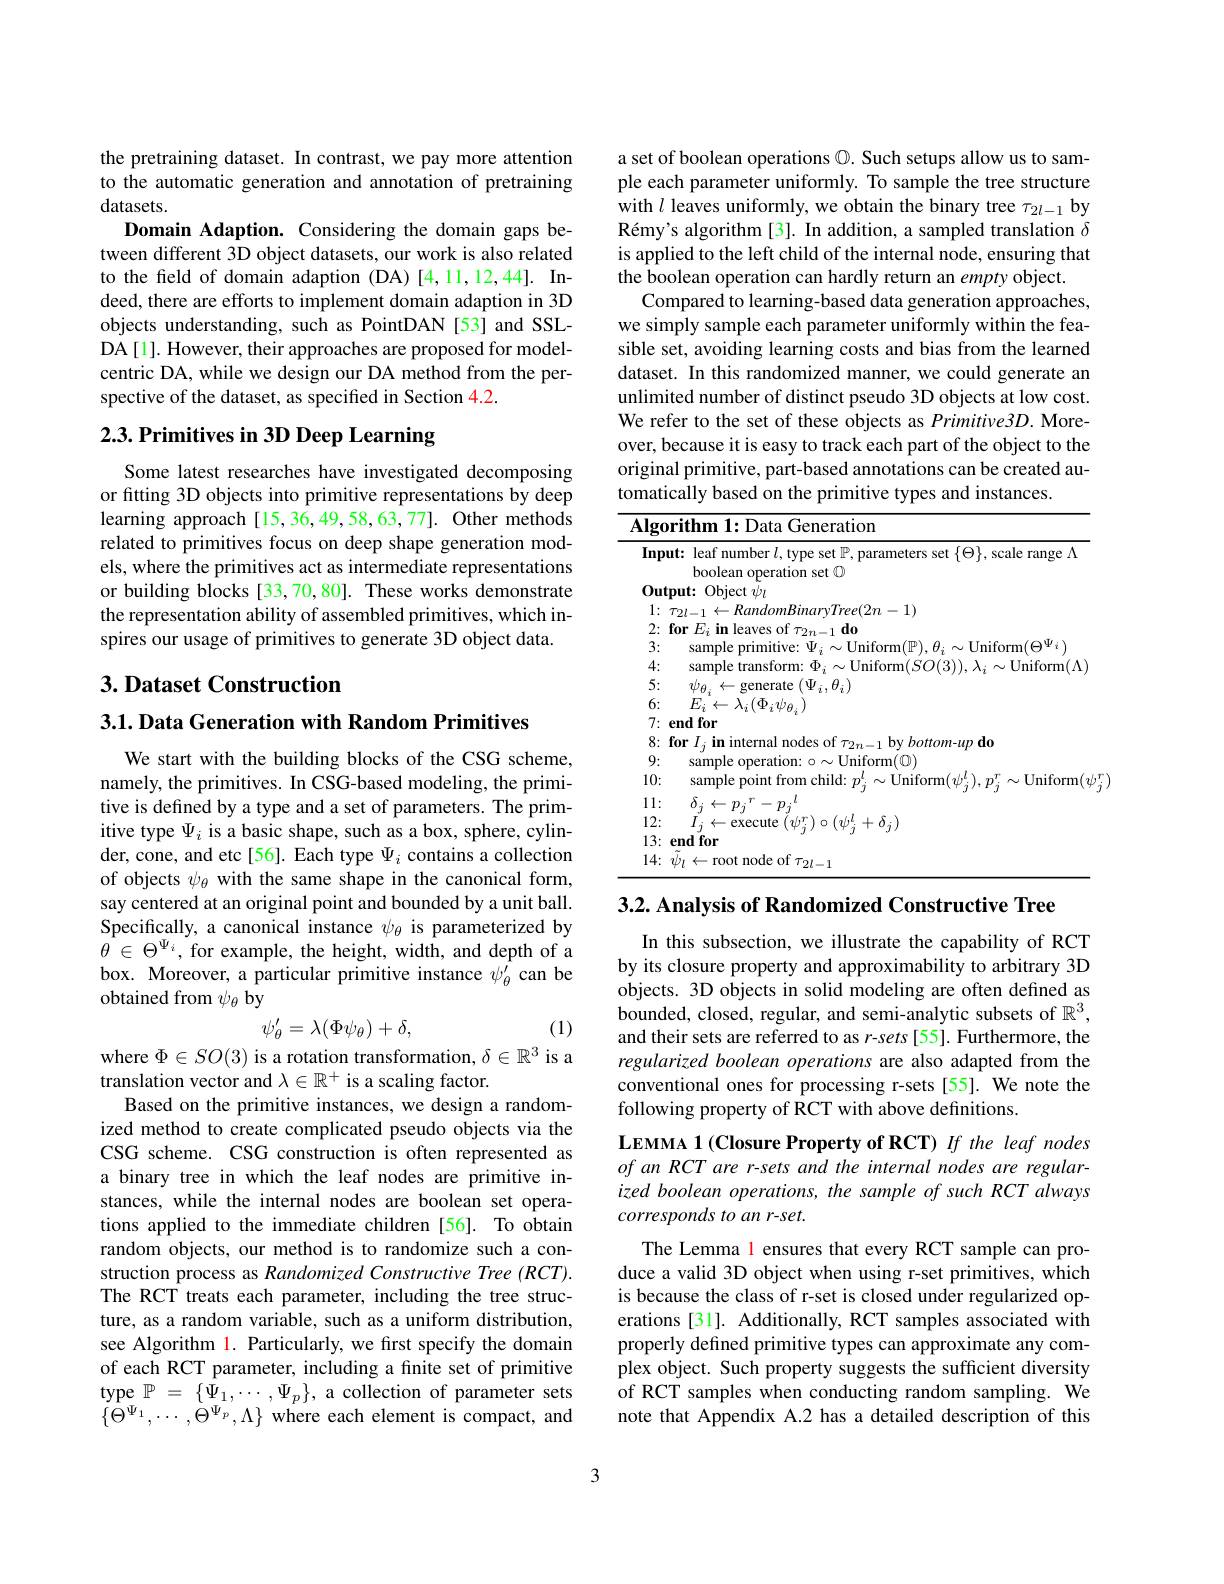
the pretraining dataset. In contrast, we pay more attention to the automatic generation and annotation of pretraining datasets.
Domain Adaption. Considering the domain gaps between different 3D object datasets, our work is also related to the field of domain adaption (DA) [4,11,12,44]. Indeed, there are efforts to implement domain adaption in 3D objects understanding, such as PointDAN [53] and SSLDA[1]. However, their approaches are proposed for modelcentric DA, while we design our DA method from the perspective of the dataset, as specified in Section 4.2.

# 2.3. Primitives in 3D Deep Learning

Some latest researches have investigated decomposing or fitting 3D objects into primitive representations by deep learning approach [15,36,49,58,63,77]. Other methods related to primitives focus on deep shape generation models, where the primitives act as intermediate representations or building blocks [33,70,80]. These works demonstrate the representation ability of assembled primitives, which inspires our usage of primitives to generate 3D object data.

## $3. \textbf{Dataset Construction}$

$3. 1. \textbf{Data Generation with Random Primitives}$

We start with the building blocks of the CSG scheme, namely, the primitives. In CSG-based modeling, the primitive is defined by a type and a set of parameters. The primitive type $\Psi_i$ is a basic shape, such as a box, sphere, cylinder, cone, and etc[56]. Each type $\Psi_i$ contains a collection of objects $\psi_\theta$ with the same shape in the canonical form, say centered at an original point and bounded by a unit ball. Specifically, a canonical instance $\psi_\mathrm{\theta}$ is parameterized by $\theta\in\Theta^{\Psi_{i}}$,for example, the height, width, and depth of a box. Moreover, a particular primitive instance $\psi_\theta^{\prime}$ can be obtained from $\psi_\theta$ by
$$\psi_\theta^{\prime}=\lambda(\Phi\psi_\theta)+\delta,$$
(1)

where $\Phi\in SO(3)$ is a rotation transformation, $\delta\in\mathbb{R}^3$ is a
translation vector and $\lambda\in\mathbb{R}^+$ is a scaling factor.
Based on the primitive instances, we design a randomized method to create complicated pseudo objects via the CSG scheme. CSG construction is often represented as a binary tree in which the leaf nodes are primitive instances, while the internal nodes are boolean set operations applied to the immediate children[56]. To obtain random objects, our method is to randomize such a construction process as Randomized Constructive Tree (RCT). The RCT treats each parameter, including the tree structure, as a random variable, such as a uniform distribution, see Algorithm l. Particularly, we first specify the domain of each RCT parameter, including a finite set of primitive type $\mathbb{P}$ = $\{ \hat{\Psi } _{1}, \cdots , \Psi _{p}\} $, a collection of parameter sets $\{\Theta^{\Psi_{1}},\cdots,\Theta^{\Psi_{p}},\Lambda\}$ where each element is compact, and

a set of boolean operations $\mathbb{Q}.$ Such setups allow us to sample each parameter uniformly. To sample the tree structure with $l$ leaves uniformly, we obtain the binary tree $\tau_{2l-1}$ by Rémy's algorithm [3]. In addition, a sampled translation $\delta$ is applied to the left child of the internal node, ensuring that the boolean operation can hardly return an empty object.
Compared to learning-based data generation approaches, we simply sample each parameter uniformly within the feasible set, avoiding learning costs and bias from the learned dataset. In this randomized manner, we could generate an unlimited number of distinct pseudo 3D objects at low cost. We refer to the set of these objects as Primitive3D. Moreover, because it is easy to track each part of the object to the original primitive, part-based annotations can be created automatically based on the primitive types and instances.

<table>
	<tbody>
		<tr>
			<td>Inpu</td>
			<td>$\textbf{out: leaf number }l$,type set $\mathbb{P}$, parameters set $\{\Theta\}$, scale range $\Lambda$ boolean operation set $\textcircled{1}$</td>
		</tr>
		<tr>
			<td>1</td>
			<td>=1)</td>
		</tr>
		<tr>
			<td>2:</td>
			<td>for $F$</td>
		</tr>
		<tr>
			<td>3:</td>
			<td>camnle Lintorm( $\|\nu$ $\omega||$niform($\Theta\Psi_i$</td>
		</tr>
		<tr>
			<td>4:</td>
			<td>Uniform$( \Lambda$</td>
		</tr>
		<tr>
			<td>5:</td>
			<td>generate $(\Psi_{i},\theta_{:})$ $2/r$ 1</td>
		</tr>
		<tr>
			<td>6:</td>
			<td>$H.$</td>
		</tr>
		<tr>
			<td>7:</td>
			<td>end for</td>
		</tr>
		<tr>
			<td>8:</td>
			<td>forl $hottom-llndo$</td>
		</tr>
		<tr>
			<td>9:</td>
			<td>samnle eration $\sim$Uniform(0)</td>
		</tr>
		<tr>
			<td>10:</td>
			<td>samnle moint from child- wlinitor $\sim||$niform</td>
		</tr>
		<tr>
			<td>1: 1 1 1 12 </td>
			<td>$I$ $\boldsymbol{T}$ 77</td>
		</tr>
		<tr>
			<td>12:</td>
			<td>$(\psi_{i}^{l}+\delta_{i})$</td>
		</tr>
		<tr>
			<td>13:</td>
			<td>end for</td>
		</tr>
		<tr>
			<td></td>
			<td>ronf t mon</td>
		</tr>
	</tbody>
</table>

$3. 2. \textbf{ Analysis of Randomized Constructive Tree}$

In this subsection, we illustrate the capability of RCT by its closure property and approximability to arbitrary 3D objects. 3D objects in solid modeling are often defined as bounded, closed, regular, and semi-analytic subsets of $\mathbb{R}^3$, and their sets are referred to as r-sets [55]. Furthermore, the regularized boolean operations are also adapted from the conventional ones for processing r-sets [55]. We note the following property of RCT with above definitions.

LEMMA 1 (Closure Property of RCT) If the leaf nodes of an RCT are r-sets and the internal nodes are regularized boolean operations, the sample of such RCT always corresponds to an r-set.
The Lemma l ensures that every RCT sample can produce a valid 3D object when using r-set primitives, which is because the class of r-set is closed under regularized operations [31]. Additionally, RCT samples associated with properly defined primitive types can approximate any complex object. Such property suggests the sufficient diversity of RCT samples when conducting random sampling. We note that Appendix A.2 has a detailed description of this

3